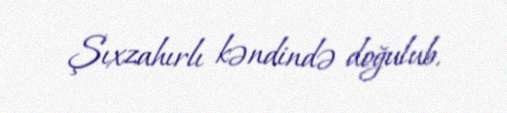
Şıxzahırlı kəndində doğulub.